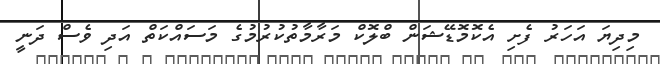
މިދިޔަ އަހަރު ފެށި އެކޮމޮޑޭޝަން ބްލޮކް މަރާމާތުކުރުމުގެ މަސައްކަތް އަދި ވެސް ދަނީ